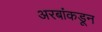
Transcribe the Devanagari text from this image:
अरबांकडून